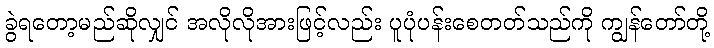
ခွဲရတော့မည်ဆိုလျှင် အလိုလိုအားဖြင့်လည်း ပူပုံပန်းစေတတ်သည်ကို ကျွန်တော်တို့